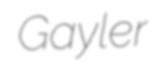
Gayler